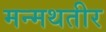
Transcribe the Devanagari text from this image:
मन्मथतीर